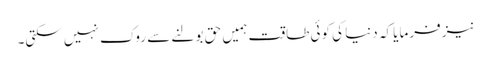
نیز فرمایا کہ دنیا کی کوئی طاقت ہمیں حق بولنے سے روک نہیں سکتی۔